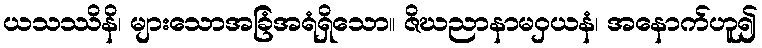
ယသဿိနိ၊ များသောအခြံအရံရှိသော။ ဇိဃညာနာမဝှယနံ၊ အနောက်ဟူ၍